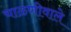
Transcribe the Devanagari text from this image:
चाळणीवाले